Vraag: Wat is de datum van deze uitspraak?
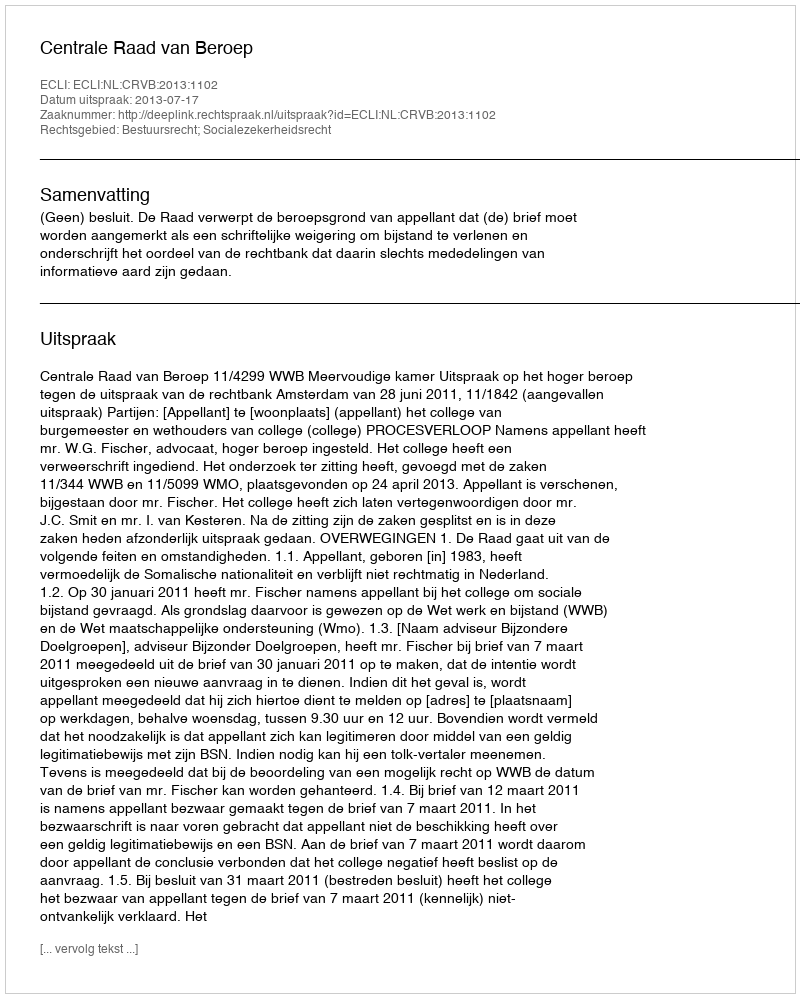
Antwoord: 2013-07-17